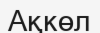
Ақкөл